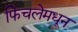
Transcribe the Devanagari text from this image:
फिंचलेमधून